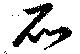
石